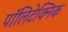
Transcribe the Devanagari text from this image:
पॉलिटेक्‍निक